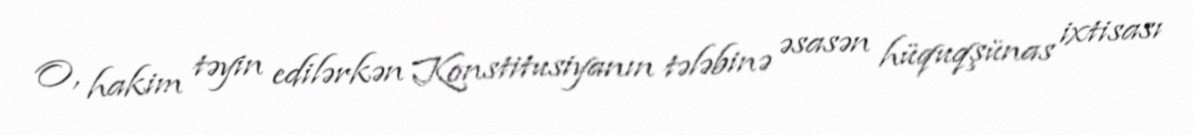
O, hakim təyin edilərkən Konstitusiyanın tələbinə əsasən hüquqşünas ixtisası